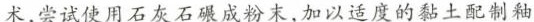
术尝试使用石灰石碾成粉末，加以适度的黏土配制釉